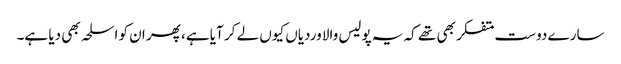
سارے دوست متفکر بھی تھے کہ یہ پولیس والا وردیاں کیوں لے کر آیا ہے، پھر ان کو اسلحہ بھی دیا ہے۔